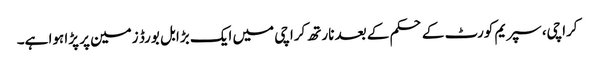
کراچی، سپریم کورٹ کے حکم کے بعد نارتھ کراچی میں ایک بڑا بل بورڈ زمین پر پڑا ہوا ہے۔